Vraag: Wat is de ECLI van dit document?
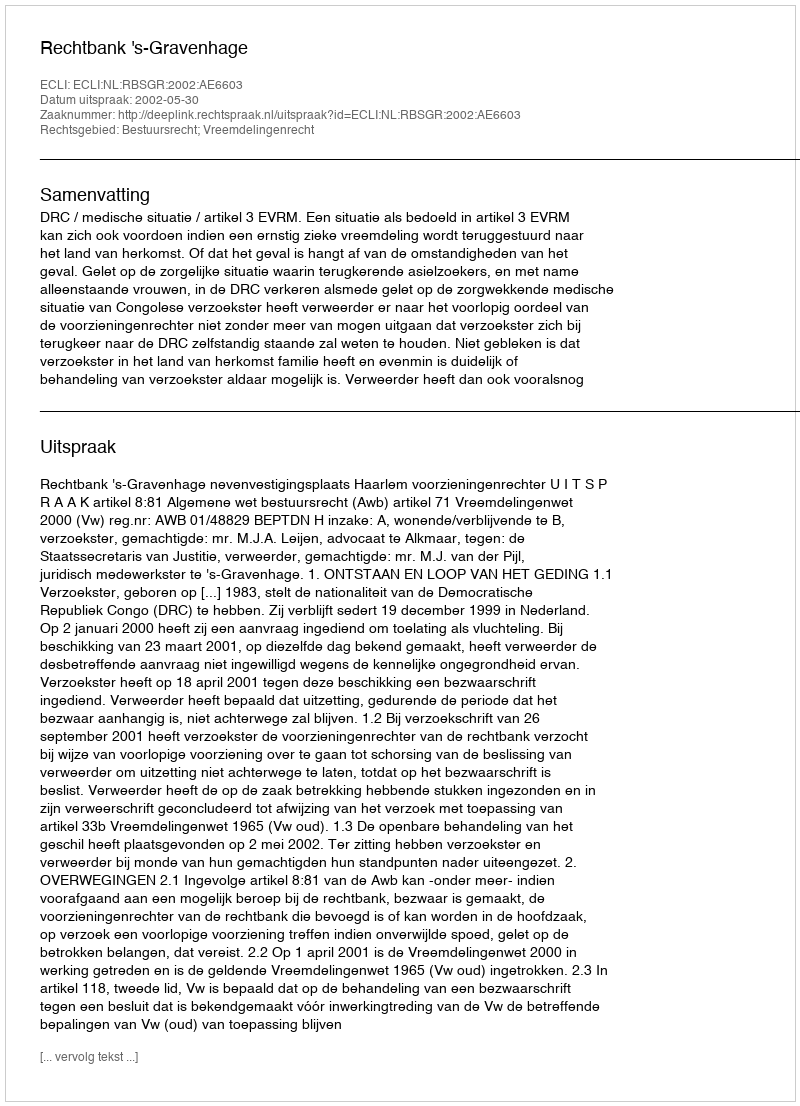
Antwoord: ECLI:NL:RBSGR:2002:AE6603